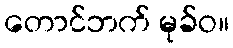
တောင်ဘက် မုခ်ဝ။